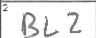
Transcription: BLZ